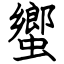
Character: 蠁